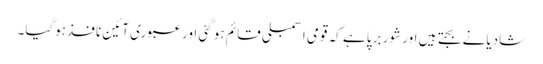
شادیانے بجتے ہیں اور شور برپا ہے کہ قومی اسمبلی قائم ہو گئی اور عبوری آئین نافذ ہوگیا۔